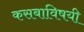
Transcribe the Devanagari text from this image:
कसबाविषयी